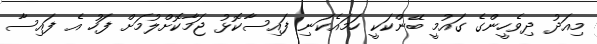
މިއަދު ދިވެހީންގެ ގައުމީ ބޭންކަކީ ހަމައެކަނި ފައިސާކޮޅު ޖަމާކޮށްލުމަށް ފަހު އެ ފައިސާ